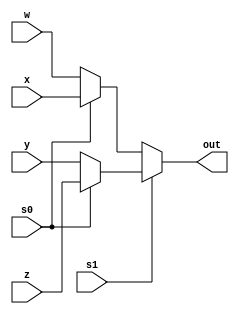
module mux4to1(out,w,x,y,z,s1,s0);

output [3:0] out;
input [3:0] w,x,y,z;
input s1,s0;

assign out=s1?(s0?z:y):(s0?x:w);

endmodule